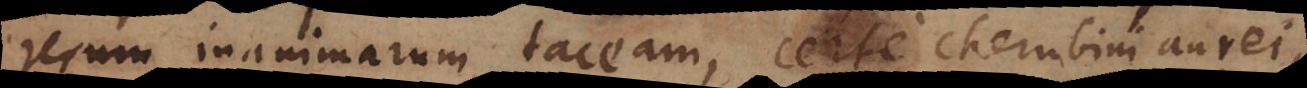
rerum inanimarum taceam, certe cherubini aurei,